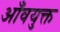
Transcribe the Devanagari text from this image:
आँवयुक्त